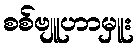
စစ်ဗျူဟာမှူး